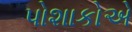
પોશાકોએ